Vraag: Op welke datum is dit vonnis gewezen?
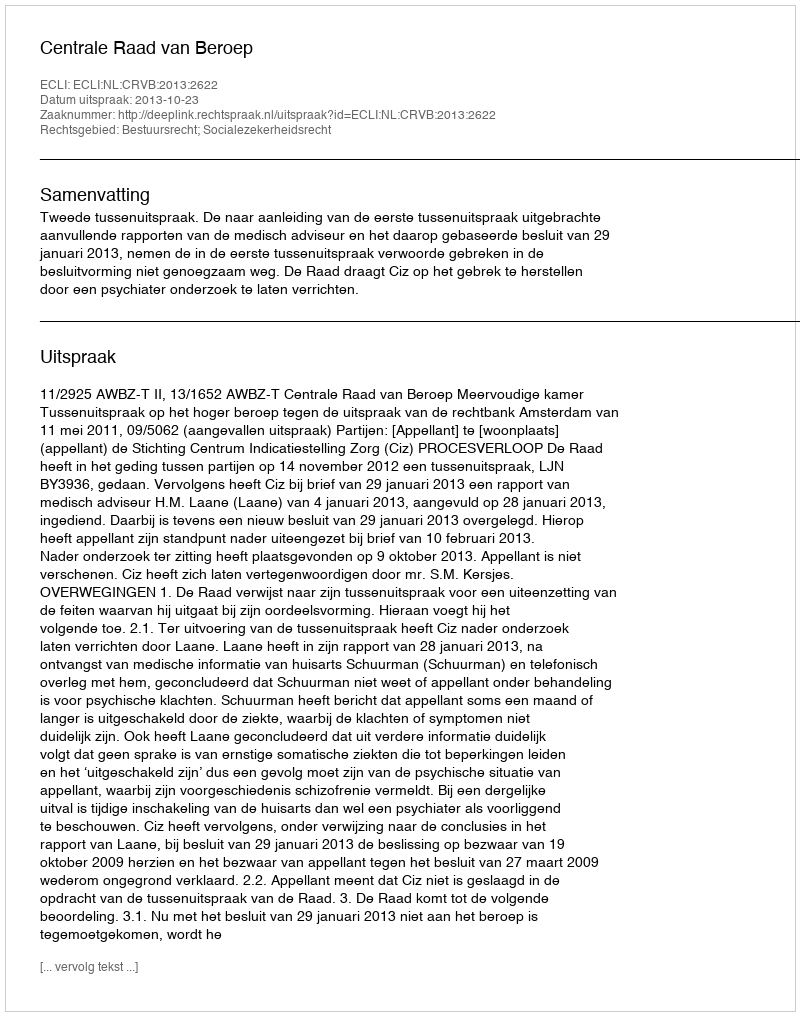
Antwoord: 2013-10-23